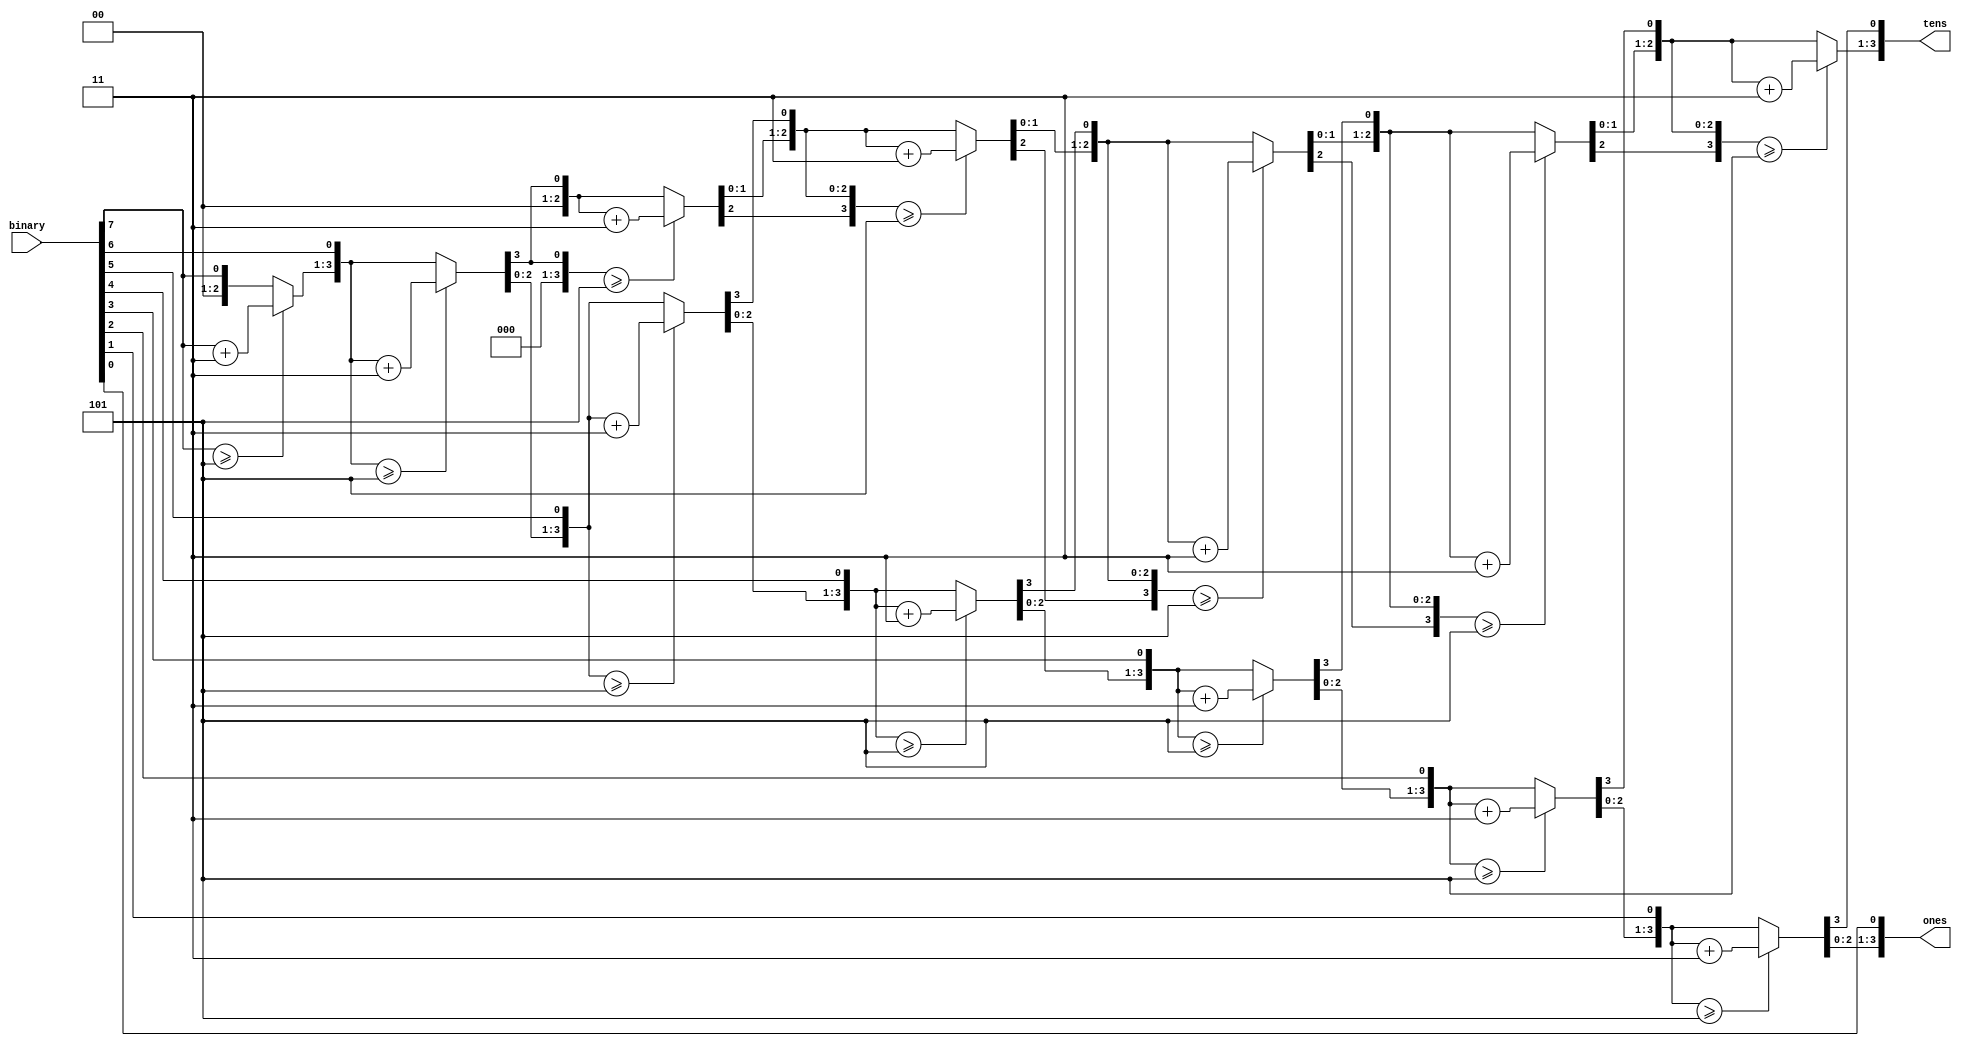
`timescale 1ns / 1ps
//////////////////////////////////////////////////////////////////////////////////
// Company: 
// Engineer: 
// 
// Design Name: 
// Module Name: bcd_converter
// Project Name: 
// Target Devices: 
// Tool Versions: 
// Description: 
// 
// Dependencies: 
// 
// Revision:
// Revision 0.01 - File Created
// Additional Comments:
// 
//////////////////////////////////////////////////////////////////////////////////


module bcd_converter(
input [7:0] binary,
output reg[3:0] tens,ones
    );
    
    integer i;
    always@(binary)
    begin
        tens=4'd0;
        ones=4'd0;
        for(i=7;i>=0;i=i-1)
        begin
            if(tens>=5)
                tens=tens+3;
            if(ones>=5)
                ones=ones+3;
            tens=tens<<1;
            tens[0]=ones[3];
            ones=ones<<1;
            ones[0]=binary[i];
        end
    end
endmodule